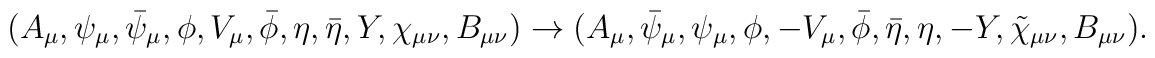
( A_\mu, \psi_\mu, \bar{\psi}_\mu, \phi, V_\mu, \bar{\phi}, \eta, \bar{\eta}, Y, \chi_{\mu\nu}, B_{\mu\nu} )\rightarrow( A_\mu, \bar{\psi}_\mu, \psi_\mu, \phi, - V_\mu, \bar{\phi}, \bar{\eta}, \eta, - Y, \tilde{\chi}_{\mu\nu}, B_{\mu\nu} ).